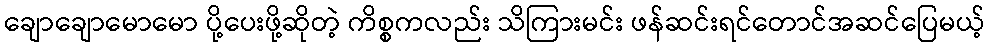
ချောချောမောမော ပို့ပေးဖို့ဆိုတဲ့ ကိစ္စကလည်း သိကြားမင်း ဖန်ဆင်းရင်တောင်အဆင်ပြေမယ့်